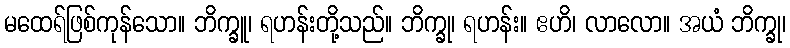
မထေရ်ဖြစ်ကုန်သော။ ဘိက္ခူ၊ ရဟန်းတို့သည်။ ဘိက္ခု၊ ရဟန်း။ ဧဟိ၊ လာလော။ အယံ ဘိက္ခု၊